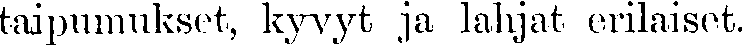
taipumukset, kyvyt ja lahjat erilaiset.